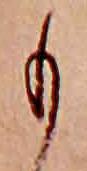
も